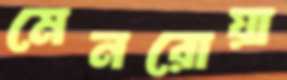
মেনরোয়া